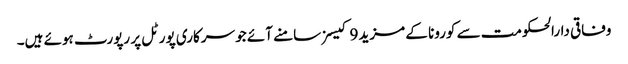
وفاقی دارالحکومت سے کورونا کے مزید 9 کیسز سامنے آئے جو سرکاری پورٹل پر رپورٹ ہوئے ہیں۔